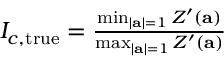
\begin{array} { r } { I _ { c , \mathrm { t r u e } } = \frac { \operatorname* { m i n } _ { | \mathbf { a } | = 1 } Z ^ { \prime } ( \mathbf { a } ) } { \operatorname* { m a x } _ { | \mathbf { a } | = 1 } Z ^ { \prime } ( \mathbf { a } ) } } \end{array}